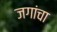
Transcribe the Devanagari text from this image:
जगांचा